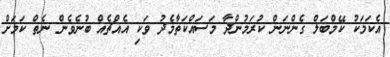
އެކަމަކު ކޭމްބަލް ގެންނަން ކުރަމުންދާ މަސައްކަތާމެދު ވަކި އެއްޗެއް ބުނެވެން ނެތް ކަމަށް